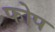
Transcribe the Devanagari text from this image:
फोप